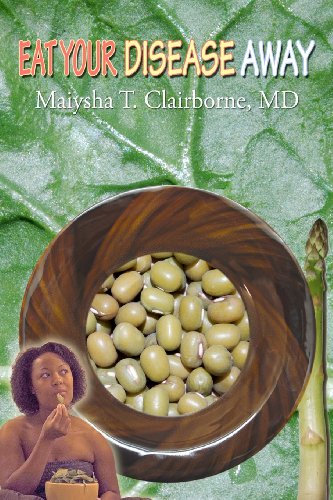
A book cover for Eat Your Disease Away; Maiysha T Clairborne MD; Health, Fitness & Dieting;